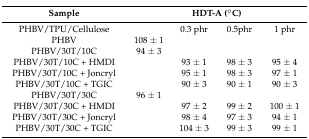
<table><thead><tr><td><b>Sample</b></td><td colspan="4"><b>HDT-A (°C)</b></td></tr></thead><tbody><tr><td>PHBV/TPU/Cellulose</td><td></td><td>0.3 phr</td><td>0.5phr</td><td>1 phr</td></tr><tr><td>PHBV</td><td>108 ± 1</td><td></td><td></td><td></td></tr><tr><td>PHBV/30T/10C</td><td>94 ± 3</td><td></td><td></td><td></td></tr><tr><td>PHBV/30T/10C + HMDI</td><td></td><td>93 ± 1</td><td>98 ± 3</td><td>95 ± 4</td></tr><tr><td>PHBV/30T/10C + Joncryl</td><td></td><td>95 ± 1</td><td>98 ± 3</td><td>97 ± 1</td></tr><tr><td>PHBV/30T/10C + TGIC</td><td></td><td>90 ± 3</td><td>90 ± 1</td><td>90 ± 3</td></tr><tr><td>PHBV/30T/30C</td><td>96 ± 1</td><td></td><td></td><td></td></tr><tr><td>PHBV/30T/30C + HMDI</td><td></td><td>97 ± 2</td><td>99 ± 2</td><td>100 ± 1</td></tr><tr><td>PHBV/30T/30C + Joncryl</td><td></td><td>98 ± 4</td><td>97 ± 3</td><td>94 ± 1</td></tr><tr><td>PHBV/30T/30C + TGIC</td><td></td><td>104 ± 3</td><td>99 ± 3</td><td>99 ± 1</td></tr></tbody></table>